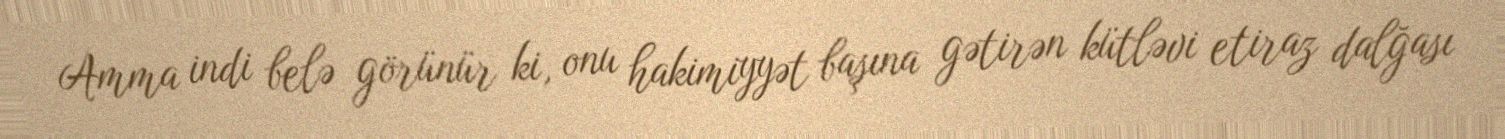
Amma indi belə görünür ki, onu hakimiyyət başına gətirən kütləvi etiraz dalğası